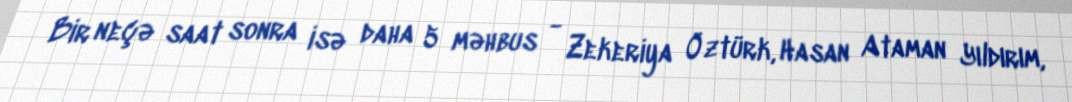
Bir neçə saat sonra isə daha 5 məhbus - Zekeriya Öztürk, Hasan Ataman Yıldırım,